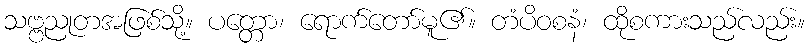
သဗ္ဗညုတအဖြစ်သို့။ ပတ္တော၊ ရောက်တော်မူ၏။ တံပိဝစနံ၊ ထိုစကားသည်လည်း။